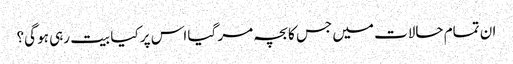
ان تمام حالات میں جس کا بچہ مر گیا اس پر کیا بیت رہی ہو گی؟